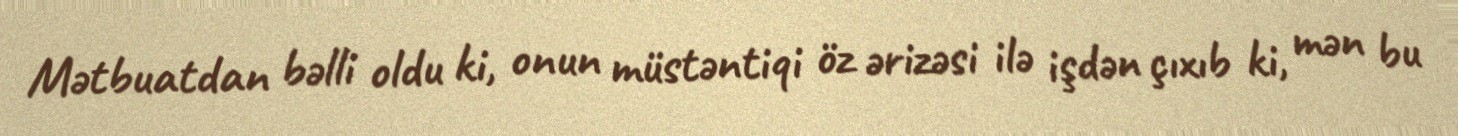
Mətbuatdan bəlli oldu ki, onun müstəntiqi öz ərizəsi ilə işdən çıxıb ki, mən bu